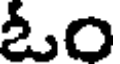
ఓం